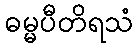
ဓမ္မပီတိရသံ